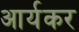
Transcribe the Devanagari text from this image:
आर्यकर